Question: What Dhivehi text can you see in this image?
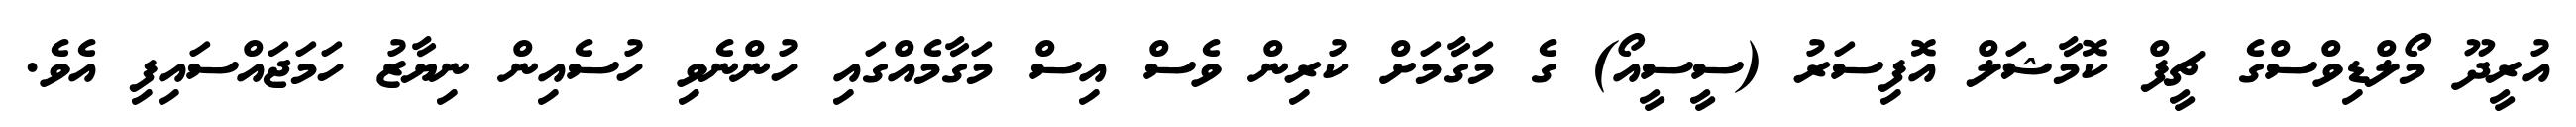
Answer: އުރީދޫ މޯލްޑިވްސްގެ ޗީފް ކޮމާޝަލް އޮފިސަރު (ސީސީއޯ) ގެ މަގާމަށް ކުރިން ވެސް އިސް މަގާމެއްގައި ހުންނެވި ހުސެއިން ނިޔާޒު ހަމަޖައްސައިފި އެވެ.